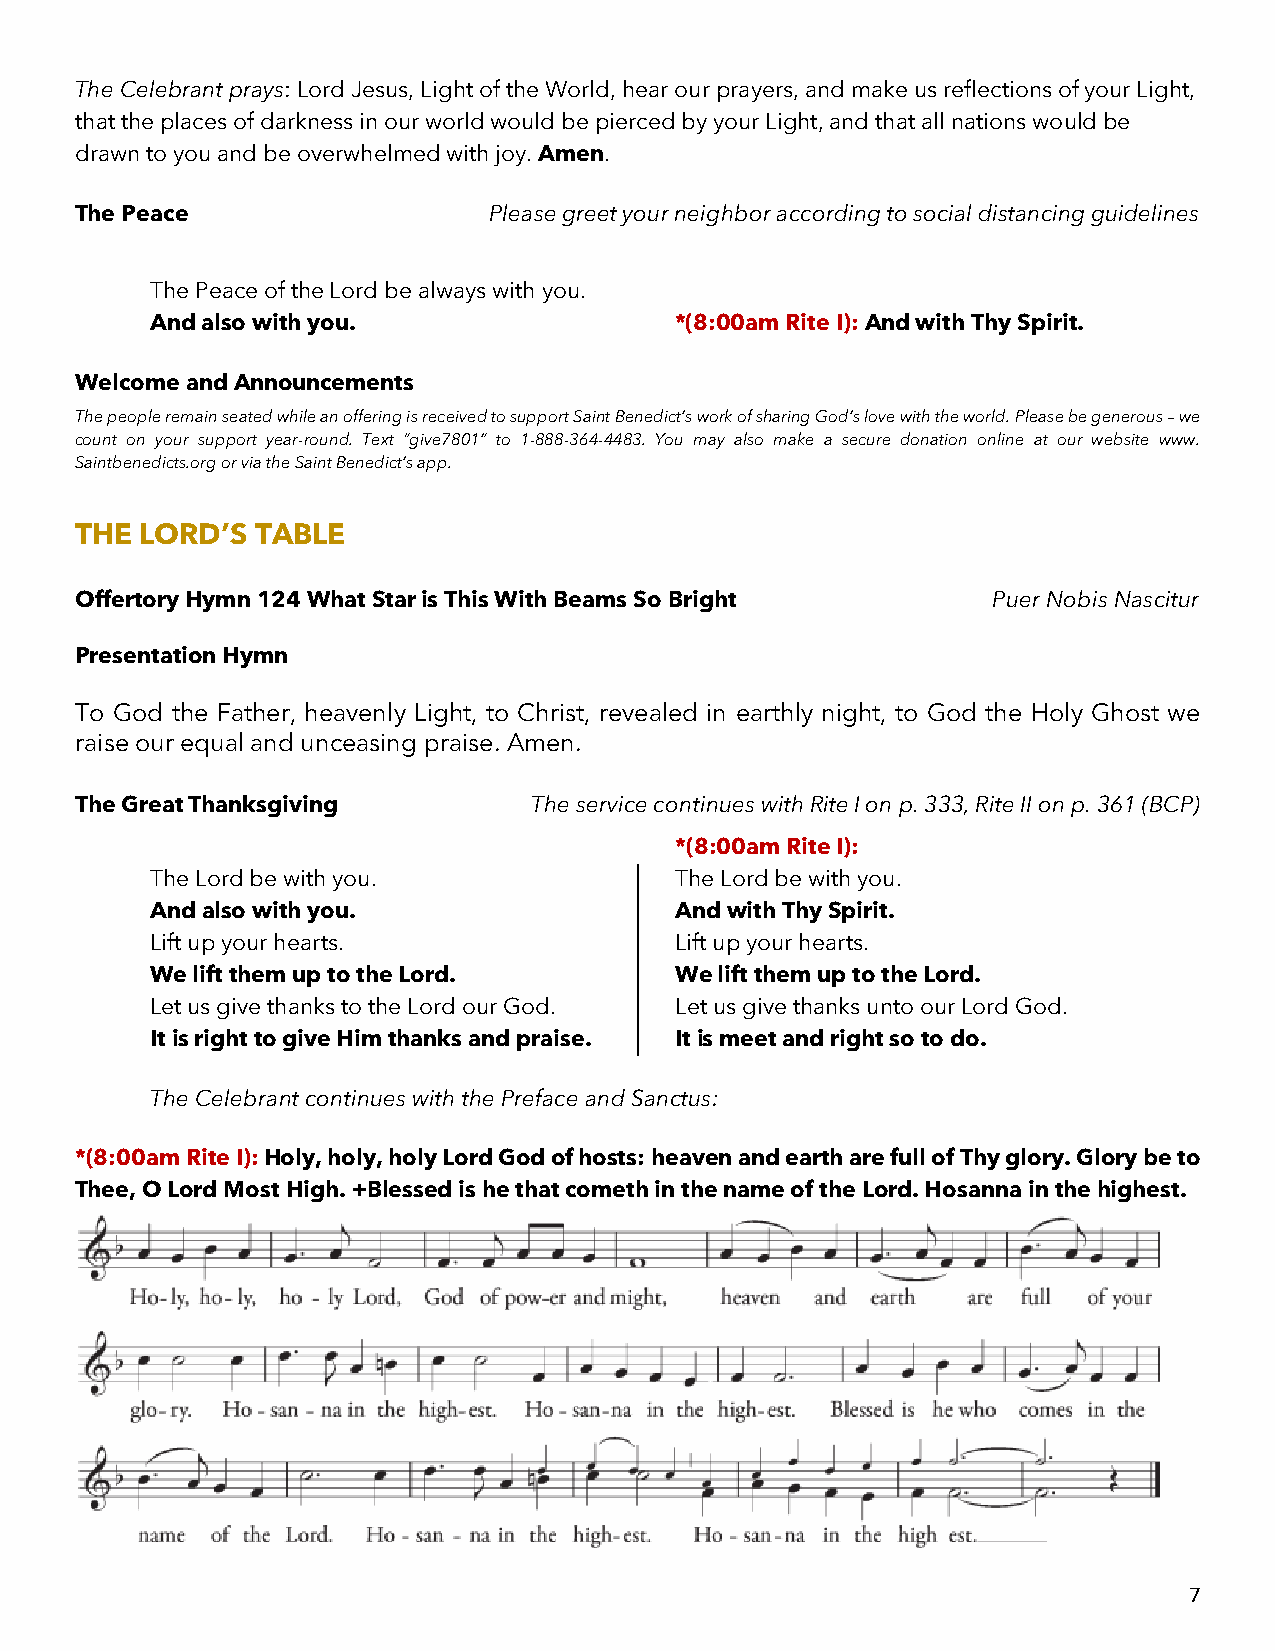
The Celebrant prays: Lord Jesus, Light of the World, hear our prayers, and make us reflections of your Light,
 that the places of darkness in our world would be pierced by your Light, and that all nations would be
 drawn to you and be overwhelmed with joy. Amen.
 The Peace                  Please greet your neighbor according to social distancing guidelines
 The Peace of the Lord be always with you.
 And also with you.                 *(8:00am Rite I): And with Thy Spirit.
 Welcome and Announcements
 The people remain seated while an offering is received to support Saint Benedict’s work of sharing God’s love with the world. Please be generous – we
 count on your support year-round. Text “give7801” to 1-888-364-4483. You may also make a secure donation online at our website www.
 Saintbenedicts.org or via the Saint Benedict’s app.
 THE LORD’S  TABLE
 Offertory Hymn 124 What Star is This With Beams So Bright    Puer Nobis Nascitur
 Presentation Hymn
 To God the Father, heavenly Light, to Christ, revealed in earthly night, to God the Holy Ghost we
 raise our equal and unceasing praise. Amen.
 The Great Thanksgiving        The service continues with Rite I on p. 333, Rite II on p. 361 (BCP)
 *(8:00am Rite I):
 The Lord be with you.              The Lord be with you.
 And also with you.                 And with Thy Spirit.
 Lift up your hearts.               Lift up your hearts.
 We lift them up to the Lord.       We lift them up to the Lord.
 Let us give thanks to the Lord our God. Let us give thanks unto our Lord God.
 It is right to give Him thanks and praise. It is meet and right so to do.
 The Celebrant continues with the Preface and Sanctus:
 *(8:00am Rite I): Holy, holy, holy Lord God of hosts: heaven and earth are full of Thy glory. Glory be to
 Thee, O Lord Most High. +Blessed is he that cometh in the name of the Lord. Hosanna in the highest.
 7